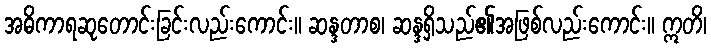
အဓိကာရဆုတောင်းခြင်းလည်းကောင်း။ ဆန္ဒတာစ၊ ဆန္ဒရှိသည်၏အဖြစ်လည်းကောင်း။ ဣတိ၊